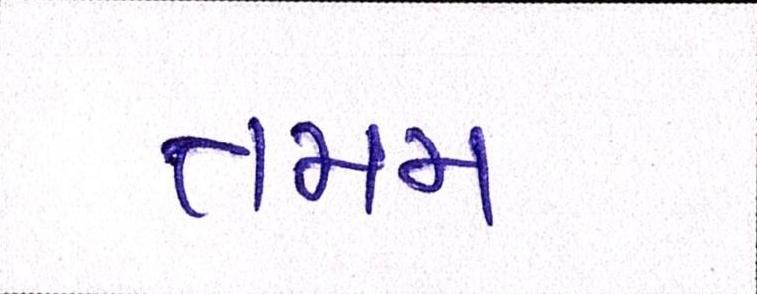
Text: તમમ